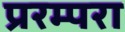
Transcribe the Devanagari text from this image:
प्ररम्परा